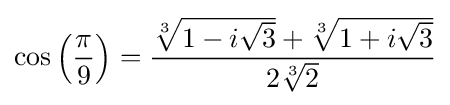
\cos \left({\frac {\pi }{9}}\right)={\frac {{\sqrt[{3}]{1-i{\sqrt {3}}}}+{\sqrt[{3}]{1+i{\sqrt {3}}}}}{2{\sqrt[{3}]{2}}}}